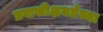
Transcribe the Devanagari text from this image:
प्रवासीक्षमतेच्या